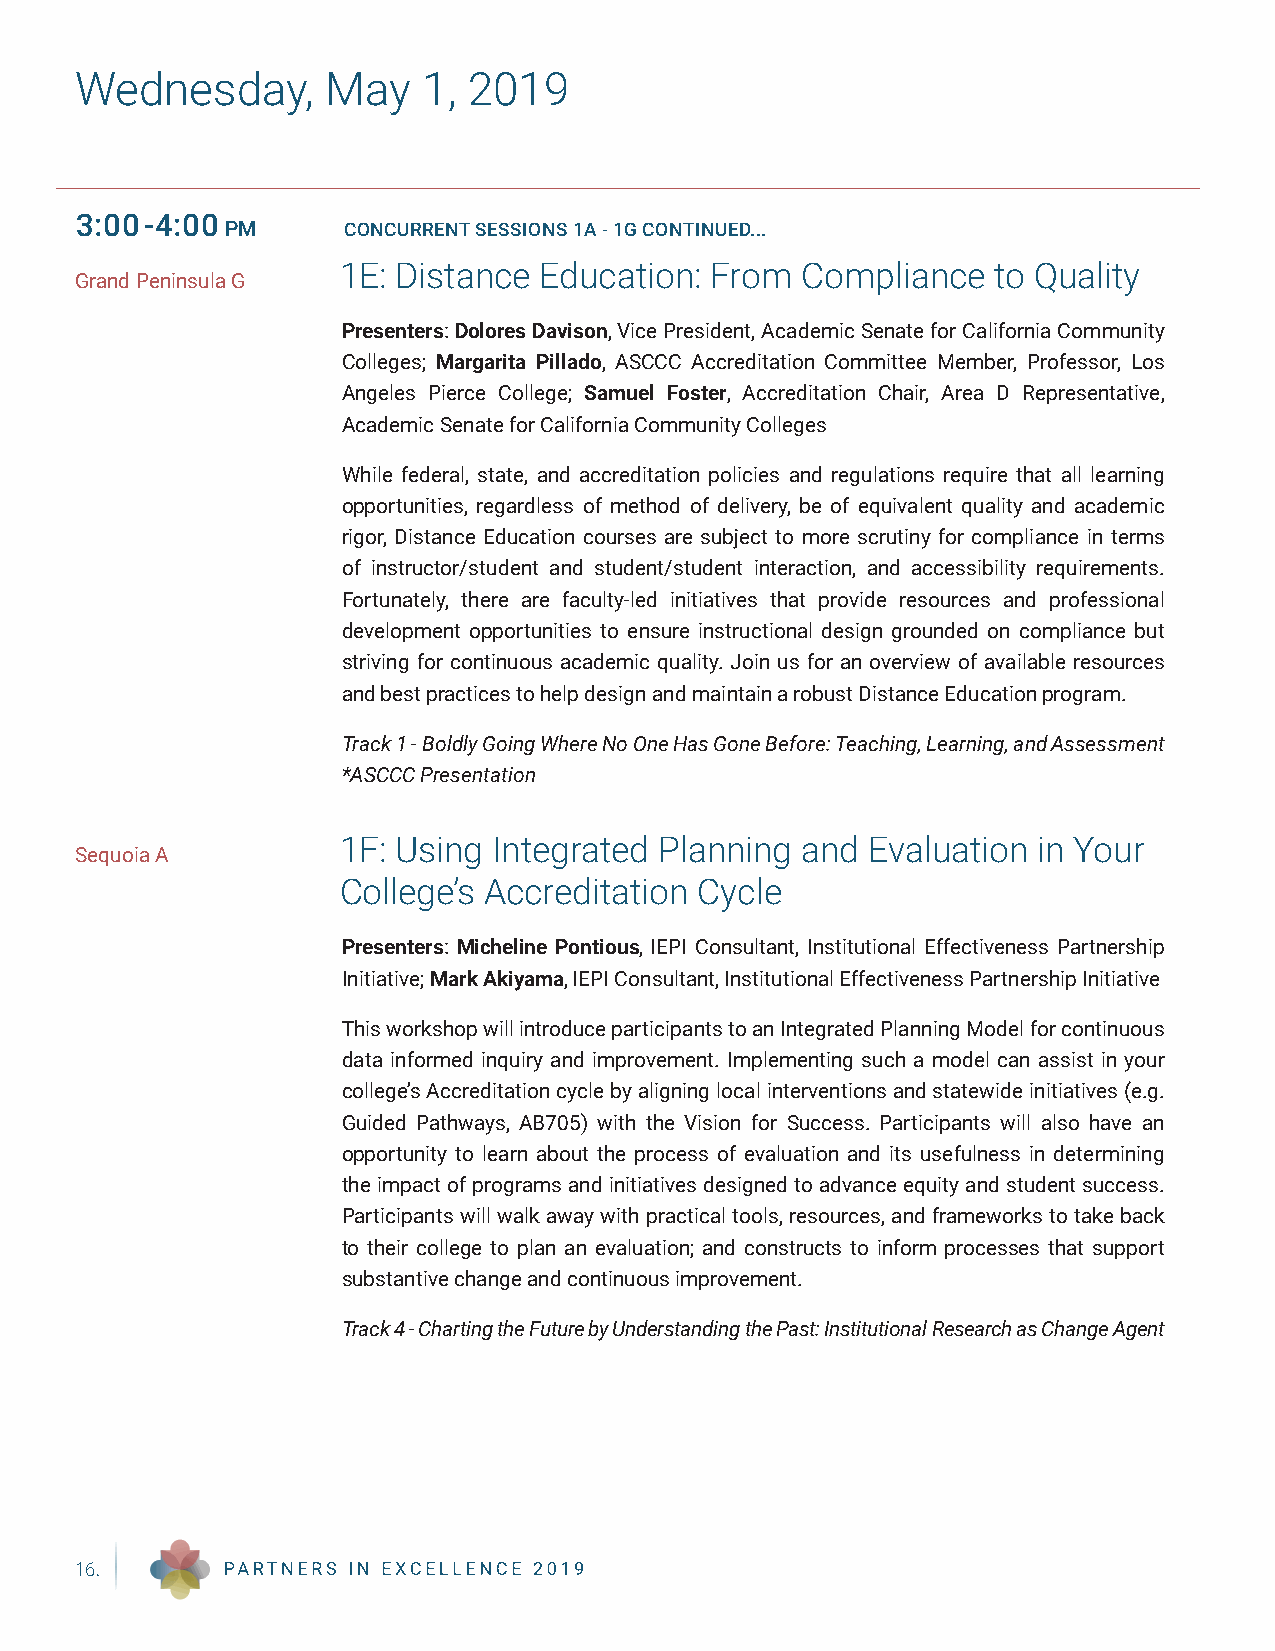
Wednesday,       May   1, 2019
 3:00-4:00
 PM      CONCURRENT SESSIONS 1A - 1G CONTINUED...
 1E: Distance  Education: From  Compliance   to Quality
 Grand Peninsula G
 Presenters: Dolores Davison, Vice President, Academic Senate for California Community
 Colleges; Margarita Pillado, ASCCC Accreditation Committee Member, Professor, Los
 Angeles Pierce College; Samuel Foster, Accreditation Chair, Area D Representative,
 Academic Senate for California Community Colleges
 While federal, state, and accreditation policies and regulations require that all learning
 opportunities, regardless of method of delivery, be of equivalent quality and academic
 rigor, Distance Education courses are subject to more scrutiny for compliance in terms
 of instructor/student and student/student interaction, and accessibility requirements.
 Fortunately, there are faculty-led initiatives that provide resources and professional
 development opportunities to ensure instructional design grounded on compliance but
 striving for continuous academic quality. Join us for an overview of available resources
 and best practices to help design and maintain a robust Distance Education program.
 Track 1 - Boldly Going Where No One Has Gone Before: Teaching, Learning, and Assessment
 *ASCCC Presentation
 1F: Using  Integrated Planning and Evaluation  in Your
 Sequoia A
 College’s Accreditation Cycle
 Presenters: Micheline Pontious, IEPI Consultant, Institutional Effectiveness Partnership
 Initiative; Mark Akiyama, IEPI Consultant, Institutional Effectiveness Partnership Initiative
 This workshop will introduce participants to an Integrated Planning Model for continuous
 data informed inquiry and improvement. Implementing such a model can assist in your
 college’s Accreditation cycle by aligning local interventions and statewide initiatives (e.g.
 Guided Pathways, AB705) with the Vision for Success. Participants will also have an
 opportunity to learn about the process of evaluation and its usefulness in determining
 the impact of programs and initiatives designed to advance equity and student success.
 Participants will walk away with practical tools, resources, and frameworks to take back
 to their college to plan an evaluation; and constructs to inform processes that support
 substantive change and continuous improvement.
 Track 4 - Charting the Future by Understanding the Past: Institutional Research as Change Agent
 16.